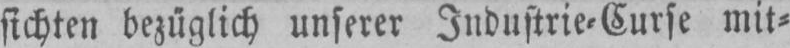
sichten bezüglich unserer Industrie⸗Curse mit⸗